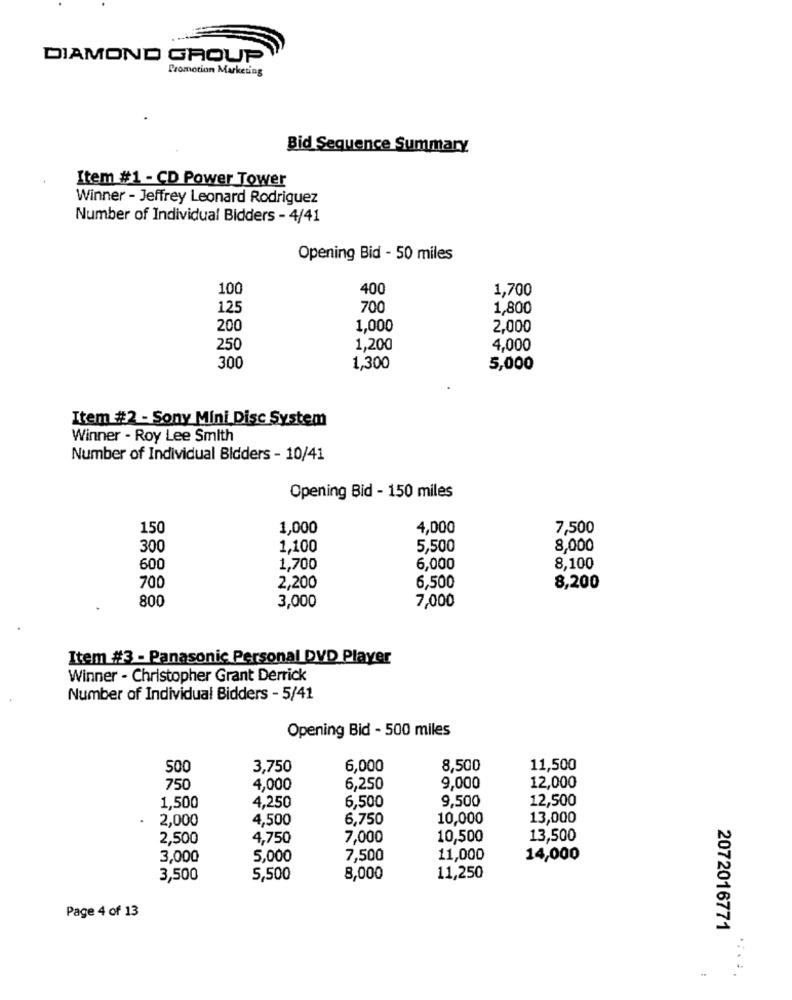
DIAMOND GROUP
Promotion Marketing
Bid Sequence Summary
Item #1 - CD Power Tower
Winner - Jeffrey Leonard Rodriguez
Number of Individual Bidders - 4/41
Opening Bid - 50 miles
100
400
1,700
125
700
1,800
200
1,000
2,000
250
1,200
4,000
300
1,300
5,000
Item #2 - Sony Mini Disc System
Winner - Roy Lee Smith
Number of Individual Bidders - 10/41
Opening Bid - 150 miles
150
1,000
4,000
7,500
300
1,100
5,500
8,000
600
1,700
6,000
8,100
700
2,200
6,500
8,200
800
3,000
7,000
Item #3 - Panasonic Personal DVD Player
Winner - Christopher Grant Derrick
Number of Individual Bidders - 5/41
Opening Bid - 500 miles
500
3,750
6,000
8,500
11,500
750
4,000
6,250
9,000
12,000
9,500
12,500
1,500
4,250
6,500
2,000
4,500
6,750
10,000
13,000
2,500
4,750
7,000
10,500
13,500
3,000
5,000
7,500
11,000
14,000
3,500
5,500
8,000
11,250
Page 4 of 13
2072016771